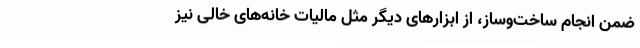
ضمن انجام ساخت‌وساز، از ابزارهای دیگر مثل مالیات خانه‌های خالی نیز